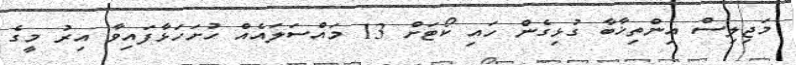
މަޖިލިސް އިންތިޚާބާ ގުޅިގެން ހައި ކޯޓަށް 13 މައްސަލައެއް ހުށަހަޅާފައިވާ އިރު މީގެ